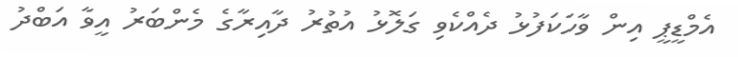
އެމްޑީޕީ އިން ވާހަކަފުޅު ދެއްކެވި ގަލޮޅު އުތުރު ދާއިރާގެ މެންބަރު އީވާ އަބްދު